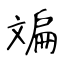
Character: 斒